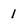
Character: 1